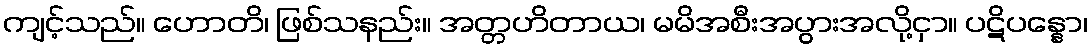
ကျင့်သည်။ ဟောတိ၊ ဖြစ်သနည်း။ အတ္တဟိတာယ၊ မမိအစီးအပွားအလို့ငှာ။ ပဋိပန္နော၊